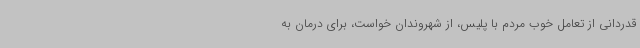
قدردانی از تعامل خوب مردم با پلیس، از شهروندان خواست، برای درمان به